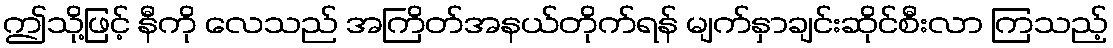
ဤသို့ဖြင့် နီကို လေသည် အကြိတ်အနယ်တိုက်ရန် မျက်နှာချင်းဆိုင်စီးလာ ကြသည့်